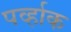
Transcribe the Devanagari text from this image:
पर्व्हाक